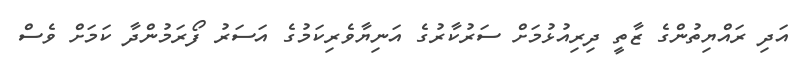
އަދި ރައްޔިތުންގެ ޒާތީ ދިރިއުޅުމަށް ސަރުކާރުގެ އަނިޔާވެރިކަމުގެ އަސަރު ފޯރަމުންދާ ކަމަށް ވެސް